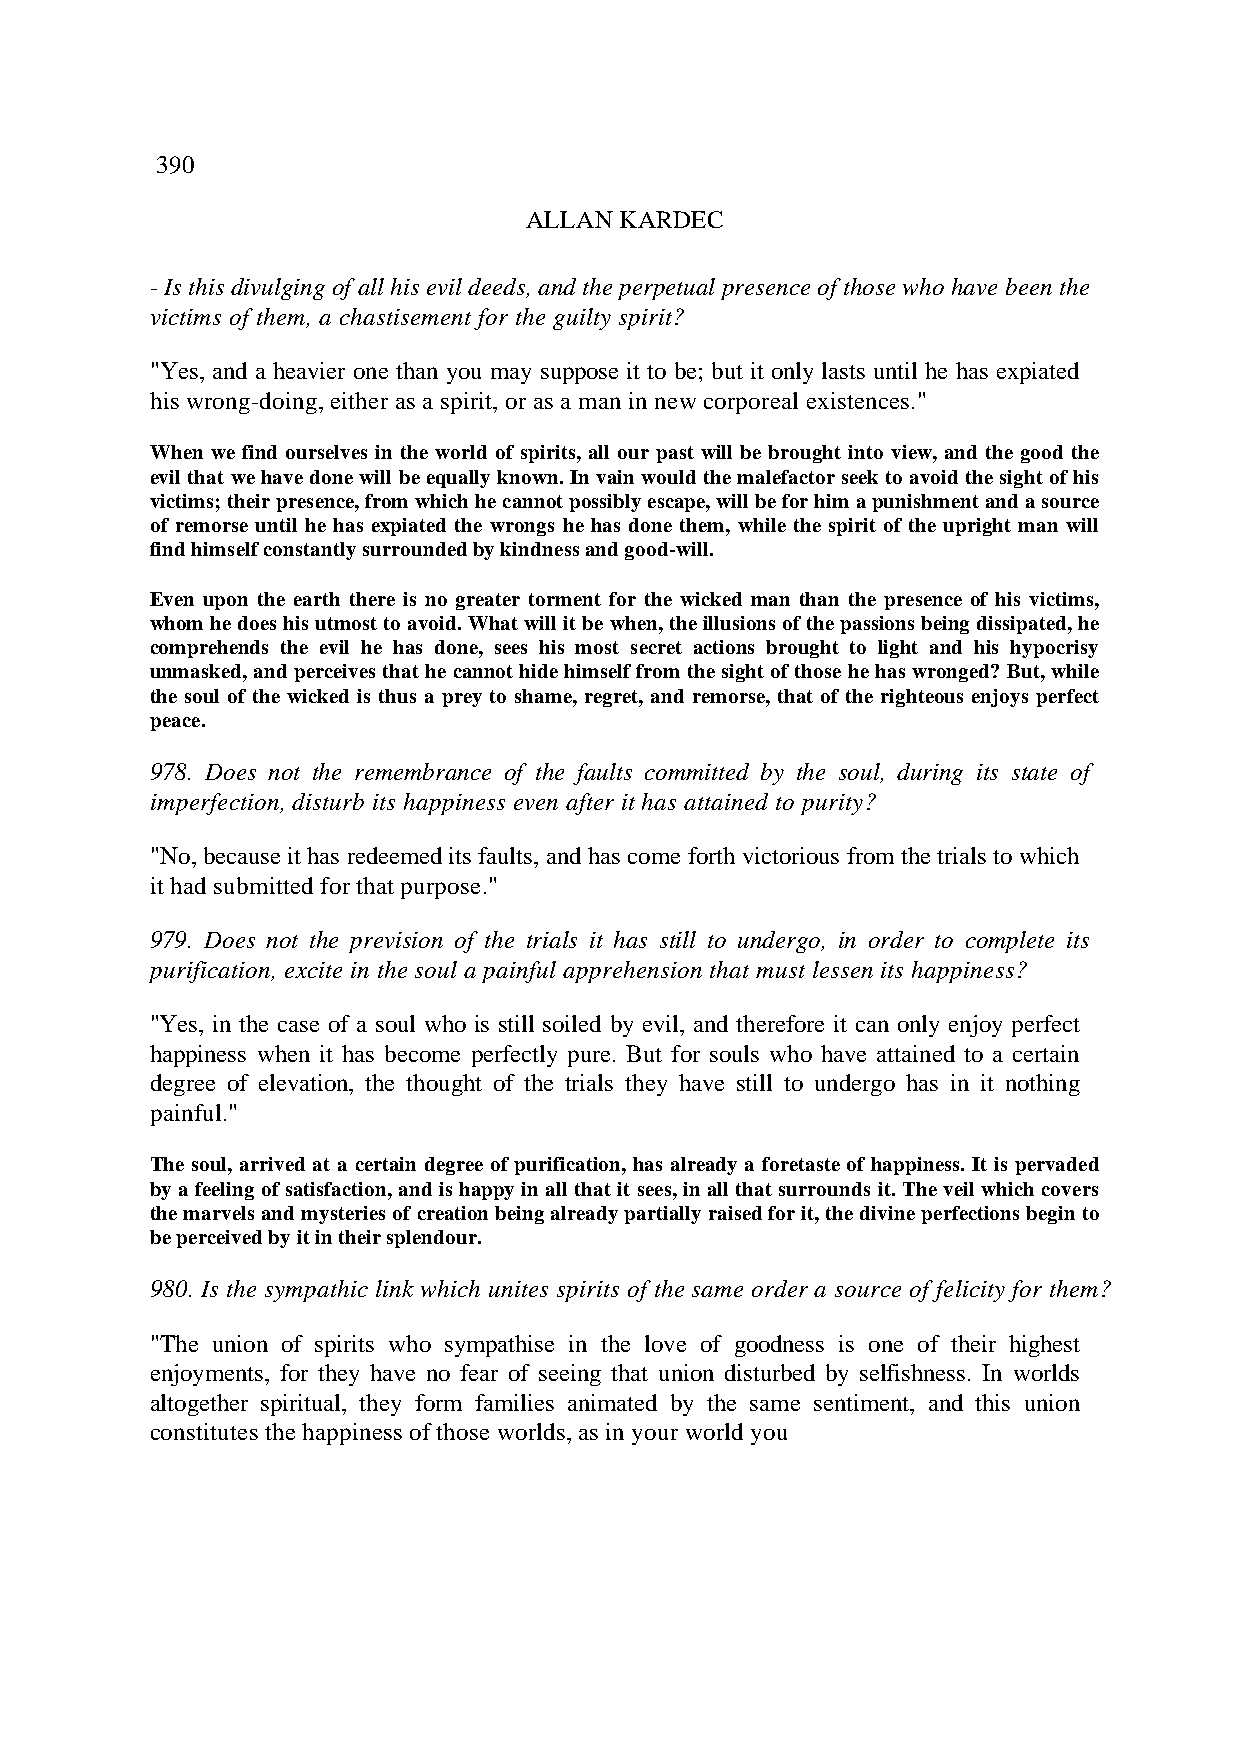
390
 ALLAN KARDEC
 - Is this divulging of all his evil deeds, and the perpetual presence of those who have been the
 victims of them, a chastisement for the guilty spirit?
 "Yes, and a heavier one than you may suppose it to be; but it only lasts until he has expiated
 his wrong-doing, either as a spirit, or as a man in new corporeal existences."
 When we find ourselves in the world of spirits, all our past will be brought into view, and the good the
 evil that we have done will be equally known. In vain would the malefactor seek to avoid the sight of his
 victims; their presence, from which he cannot possibly escape, will be for him a punishment and a source
 of remorse until he has expiated the wrongs he has done them, while the spirit of the upright man will
 find himself constantly surrounded by kindness and good-will.
 Even upon the earth there is no greater torment for the wicked man than the presence of his victims,
 whom he does his utmost to avoid. What will it be when, the illusions of the passions being dissipated, he
 comprehends the evil he has done, sees his most secret actions brought to light and his hypocrisy
 unmasked, and perceives that he cannot hide himself from the sight of those he has wronged? But, while
 the soul of the wicked is thus a prey to shame, regret, and remorse, that of the righteous enjoys perfect
 peace.
 978. Does not the remembrance of the faults committed by the soul, during its state of
 imperfection, disturb its happiness even after it has attained to purity?
 "No, because it has redeemed its faults, and has come forth victorious from the trials to which
 it had submitted for that purpose."
 979. Does not the prevision of the trials it has still to undergo, in order to complete its
 purification, excite in the soul a painful apprehension that must lessen its happiness?
 "Yes, in the case of a soul who is still soiled by evil, and therefore it can only enjoy perfect
 happiness when it has become perfectly pure. But for souls who have attained to a certain
 degree of elevation, the thought of the trials they have still to undergo has in it nothing
 painful."
 The soul, arrived at a certain degree of purification, has already a foretaste of happiness. It is pervaded
 by a feeling of satisfaction, and is happy in all that it sees, in all that surrounds it. The veil which covers
 the marvels and mysteries of creation being already partially raised for it, the divine perfections begin to
 be perceived by it in their splendour.
 980. Is the sympathic link which unites spirits of the same order a source of felicity for them?
 "The union of spirits who sympathise in the love of goodness is one of their highest
 enjoyments, for they have no fear of seeing that union disturbed by selfishness. In worlds
 altogether spiritual, they form families animated by the same sentiment, and this union
 constitutes the happiness of those worlds, as in your world you